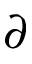
\partial